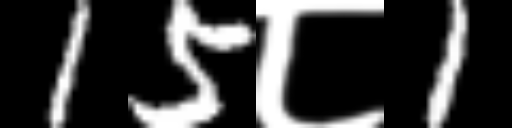
Text: 15८1